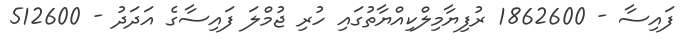
ފައިސާ - 1862600 ރުފިޔާމިލްކިއްޔާތުގައި ހުރި ޖުމްލަ ފައިސާގެ އަދަދު - 512600